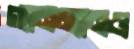
গ্যানম্যানও